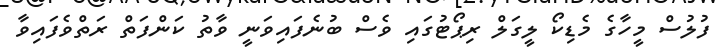
ފުލުސް މީހާގެ މެޑިކޯ ލީގަލް ރިޕޯޓުގައި ވެސް ބުނެފައިވަނީ ވާތު ކަންފަތް ރަތްވެފައިވާ